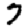
Digit: 7